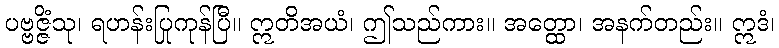
ပဗ္ဗဇ္ဇိံသု၊ ရဟန်းပြုကုန်ပြီ။ ဣတိအယံ၊ ဤသည်ကား။ အတ္ထော၊ အနက်တည်း။ ဣဒံ၊